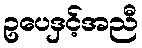
ဥပေဒှင့်အညီ